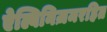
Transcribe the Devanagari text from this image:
ऐल्बिनिज़मरहित